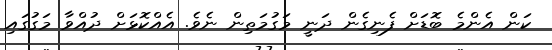
ކަން އެންމެ ބޮޑަށް ފެނިގެން ދަނީ މަގުމަތިން ނެވެ. އެއްކޮޅަށް ދުއްވާ މަގުގައި